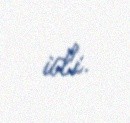
idi.